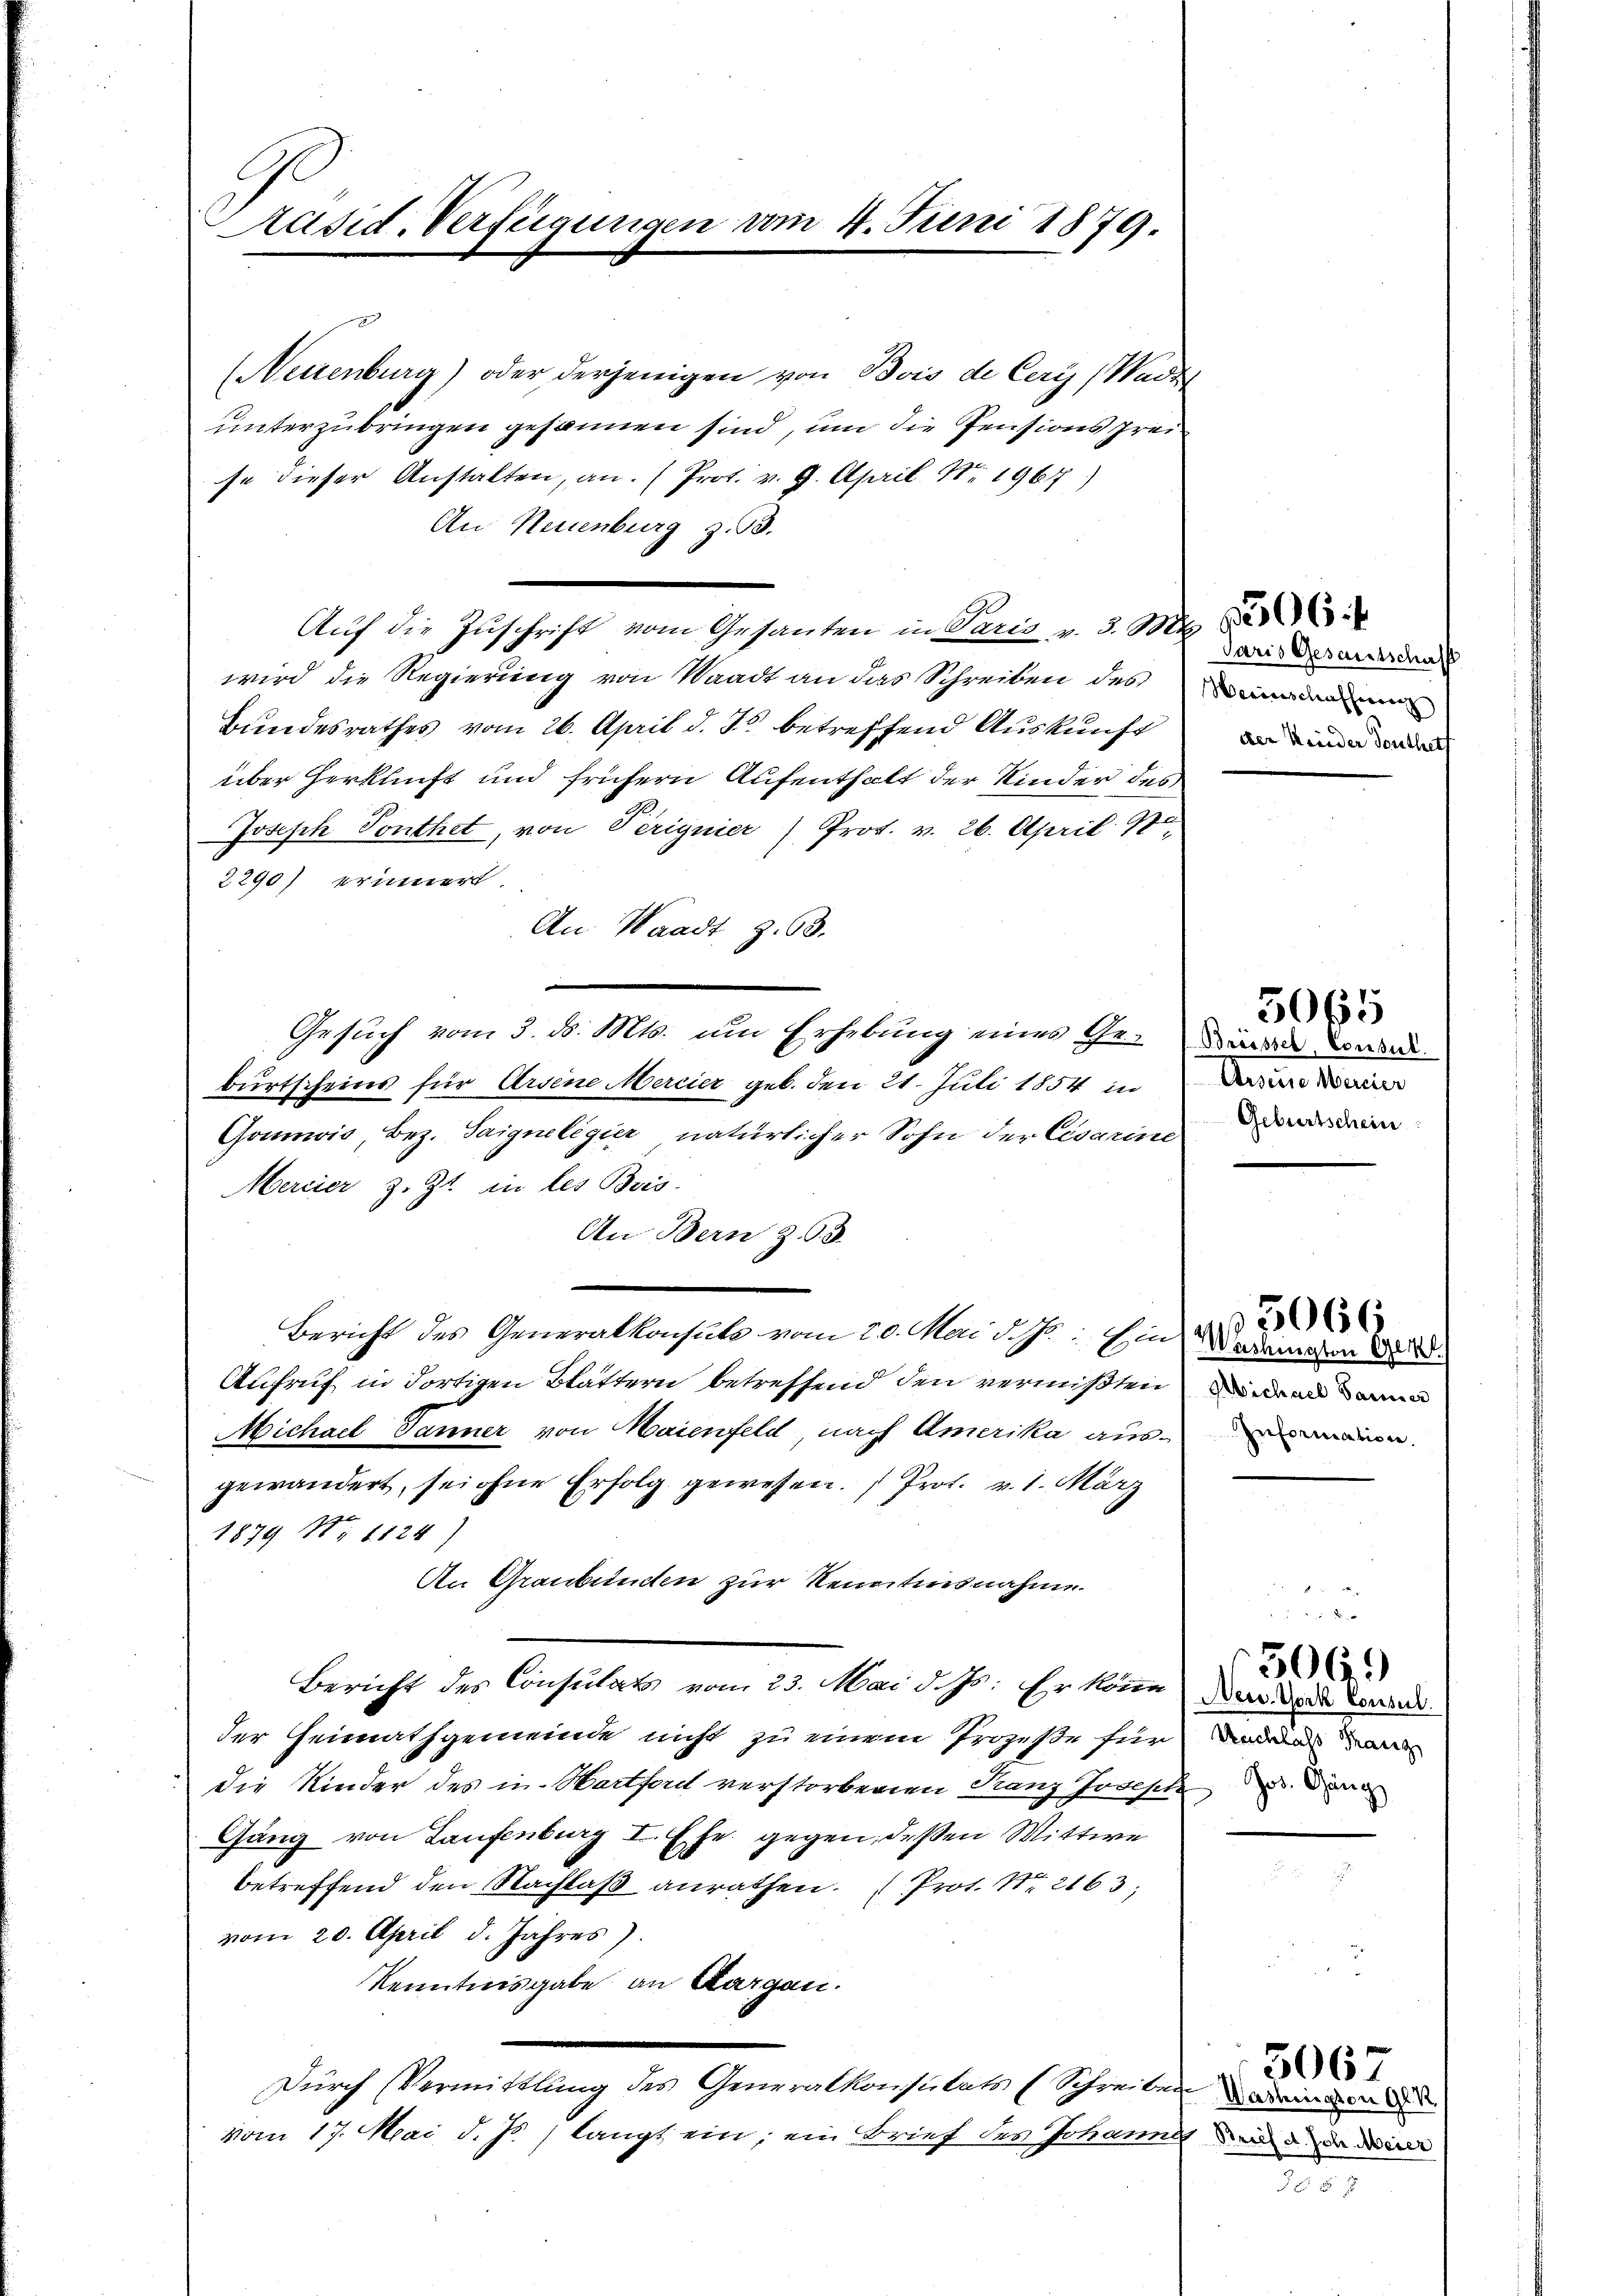
Präsid. Verfügungen vom 4. Juni 1879.

(Neuenburg) oder derjenigen von Bois de Cery ( Wadet
unterzubringen gesannen sind, um die Pensionsfreise dieser Anstalten, an. (Prot. v. 9. April Nr. 1967)
An Neuenburg z. B.
Aŭf die Zuschrift vom Gesanten in Paris v. 3. M.
wird die Regierung von Waadt an das Schreiben des
Bundesrathes vom 26. April d. Js. betreffend Auskunft
über Herkunft und frühern Aufenthalt der Kinder des
Joseph Ponthet, von Perignier Prot. v. 26. April 180
2290) erinnert.
An Waadt Z. 63.
Gesuch vom 3. d. Mts. um Erhebung eines Ge- dann war
burtscheins für Arsene Mercier geb. den 21. Juli 1854 in
Goumwis, Bez. Saigneligier natürlicher Sohn der Cesarine
Mercier z. Zt. in les Bris
An Bern z. B. 3.
Bericht des Generalkonsuls vom 20. Mai d. Js.: Ein Wadiaten d
Aufruf in dortigen Blättern betreffend den vermißten an ein
Michael Jänner von Maienfeld nach Amerika ausmien
gewändert, sei ohne Erfolg gewesen. " Prot. v. 1. März
1879 No 1124)
An Graubünden zur Kenntnisnahme.
Bericht des Consulats vom 23. Mai d. Js. Er könne
der Heimathgemeinde nicht zu einem Prozeße für
die Kinder des in Hartford verstorbenen Franz Joseph u. den
Gang von Laufenburg I. Ehe gegen, deßen Wittwe
betreffend den Nachlaß anrathen. (Prot. Nr. 2163;
vom 20. April d. Jahres).
Kenntnisgabe an Aargau.
Durch Vermittlung des Generalkonsulats (Schreiben eine
vom 17. Mai d. Js. langt ein; ein Brief des Johannst u. da die

Paris Gesamtschaff
Herinschafferenz
der Krieder Southet

Arseine Mercier
Geburtschein

5065

5066

New York Consul
Ruchlass Franz

506.

237

3067.